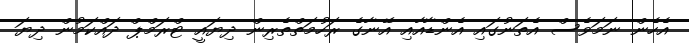
އެހެން ނަމަވެސް އެތަނުގައި އެންޑާއާއި އޭނާގެ ރަހުމަތްތެރިން ދިޔައީ ޓްރަމްޕް ދައްކަމުން ދިޔަ